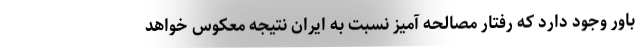
باور وجود دارد که رفتار مصالحه آمیز نسبت به ایران نتیجه معکوس خواهد